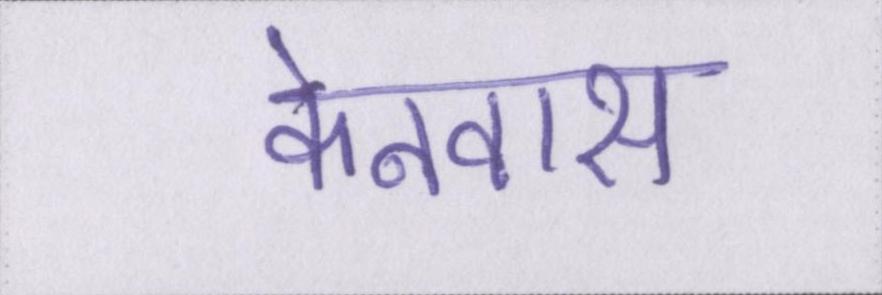
केनवास